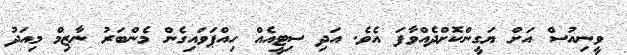
ވީނިއުސް އަށް ޔަގީންކޮށްދެއްވާފަ އެވެ. އަދި ސިޓީއެއް ހިއްޕަވައިގެން މެންބަރު ނާޒިމް މިއަދު